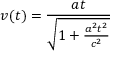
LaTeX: v ( t ) = { \frac { a t } { \sqrt { 1 + { \frac { a ^ { 2 } t ^ { 2 } } { c ^ { 2 } } } } } }